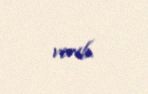
verib.